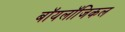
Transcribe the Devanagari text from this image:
बॉयलॉजिकल